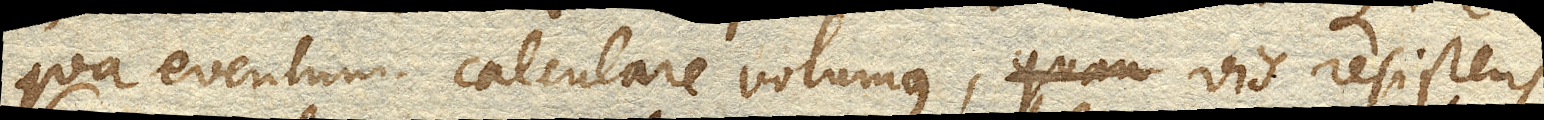
qua eventum calculare volumus, quam vis resistens,